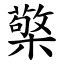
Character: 檠